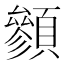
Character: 䫩